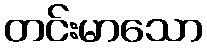
တင်းမာသော